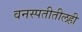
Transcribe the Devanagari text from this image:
वनस्पतीतीलही